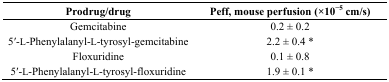
<table><thead><tr><td><b>Prodrug/drug</b></td><td><b>Peff, mouse perfusion (×10<sup>−5</sup> cm/s)</b></td></tr></thead><tbody><tr><td>Gemcitabine</td><td>0.2 ± 0.2</td></tr><tr><td>5′-l-Phenylalanyl-l-tyrosyl-gemcitabine</td><td>2.2 ± 0.4 *</td></tr><tr><td>Floxuridine</td><td>0.1 ± 0.8</td></tr><tr><td>5′-l-Phenylalanyl-l-tyrosyl-floxuridine</td><td>1.9 ± 0.1 *</td></tr></tbody></table>